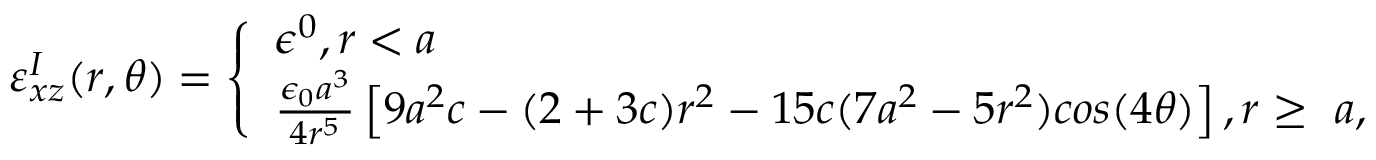
\varepsilon _ { x z } ^ { I } ( r , \theta ) = \left\{ \begin{array} { l l } { \epsilon ^ { 0 } , r < a } \\ { \frac { \epsilon _ { 0 } a ^ { 3 } } { 4 r ^ { 5 } } \left[ 9 a ^ { 2 } c - ( 2 + 3 c ) r ^ { 2 } - 1 5 c ( 7 a ^ { 2 } - 5 r ^ { 2 } ) c o s ( 4 \theta ) \right] , r \geq ~ a , } \end{array} \right.